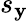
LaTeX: s_{\mathbf{y}}